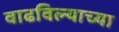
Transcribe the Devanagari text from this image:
वाढविल्याच्या